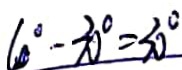
6 0 ^ { \circ } - 3 0 ^ { \circ } = 3 0 ^ { \circ }